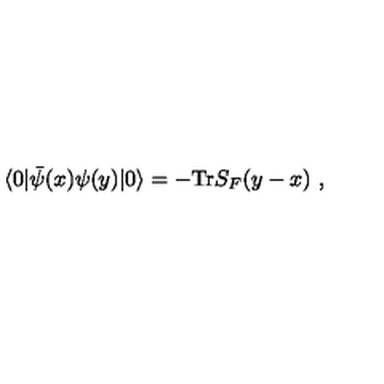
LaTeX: \langle 0 | \bar { \psi } ( x ) \psi ( y ) | 0 \rangle = - \mathrm { T r } S _ { F } ( y - x ) \ ,